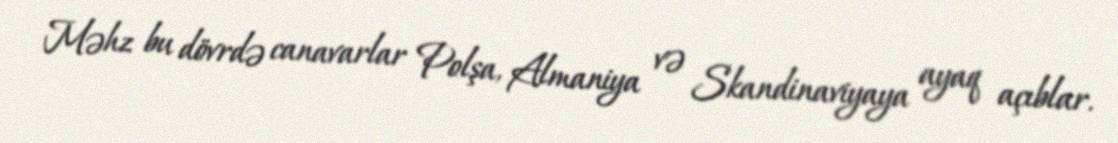
Məhz bu dövrdə canavarlar Polşa, Almaniya və Skandinaviyaya ayaq açıblar.